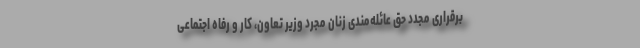
برقراری مجدد حق عائله‌مندی زنان مجرد وزیر تعاون، کار و رفاه اجتماعی